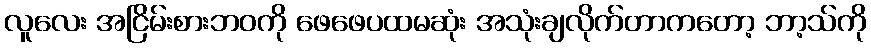
လူလေး အငြိမ်းစားဘဝကို ဖေဖေပထမဆုံး အသုံးချလိုက်တာကတော့ ဘာ့သ်ကို